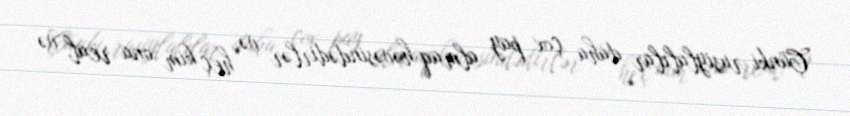
Çünki rusiylalılar daha çox pay almaq həvəsindədirlər və heç kim ona real və